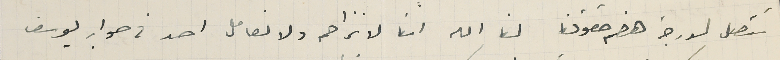
تتصل لدرجة هضم حقوقنا لنا الله اننا لا نزاحم ولا نعامل احد فى صواب يوسف